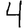
Digit: 4